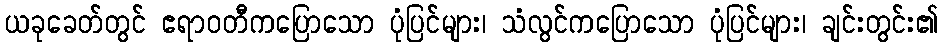
ယခုခေတ်တွင် ဧရာဝတီကပြောသော ပုံပြင်များ၊ သံလွင်ကပြောသော ပုံပြင်များ၊ ချင်းတွင်း၏